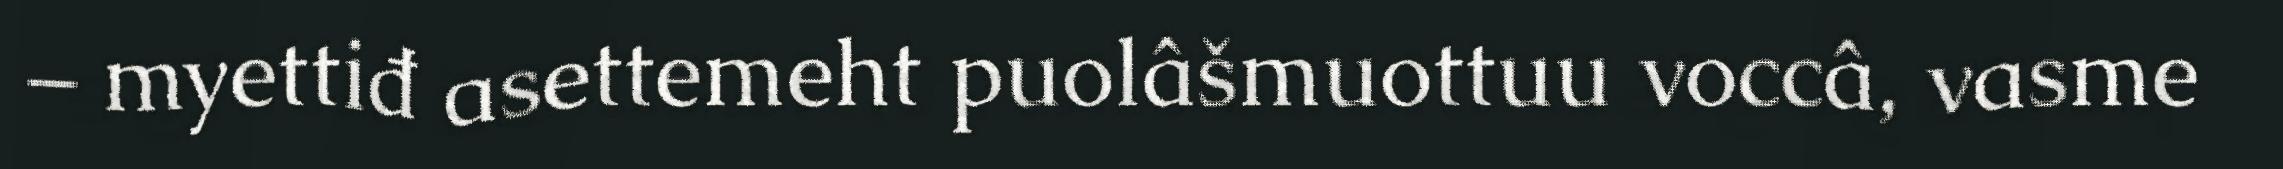
– myettiđ asettemeht puolâšmuottuu voccâ, vasme